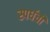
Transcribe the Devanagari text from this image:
स्पर्धची